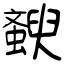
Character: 斔